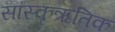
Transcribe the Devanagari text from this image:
सांस्कृऋतिक